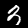
Label: 3